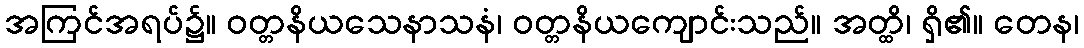
အကြင်အရပ်၌။ ဝတ္တနိယသေနာသနံ၊ ဝတ္တနိယကျောင်းသည်။ အတ္ထိ၊ ရှိ၏။ တေန၊